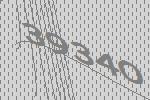
39340